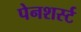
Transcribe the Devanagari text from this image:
पेनशर्स्ट